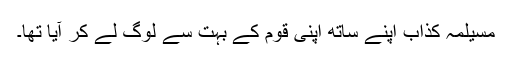
مسیلمہ کذاب اپنے ساتھ اپنی قوم کے بہت سے لوگ لے کر آیا تھا۔